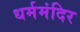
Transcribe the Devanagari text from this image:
धर्ममंदिर